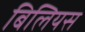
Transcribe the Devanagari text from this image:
बिलियस